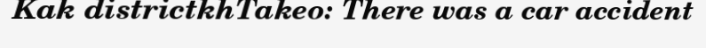
Kak districtkhTakeo: There was a car accident